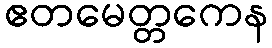
ဧတမေတ္တကေန